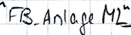
Text: "FB_Anlage M2"